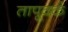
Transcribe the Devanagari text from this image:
तापूवर्क